Annual administration report of the Civil Veterinary Department of India - 1898-1899
Year: 1898
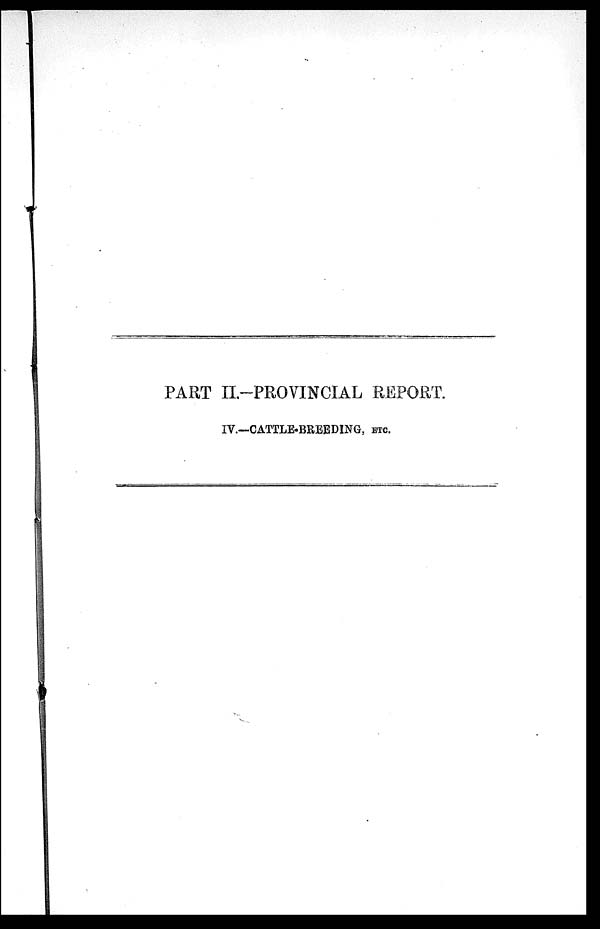
PART II.-PROVINCIAL REPORT.
IV.—CATTLE-BREEDING, ETC.